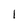
Character: 1